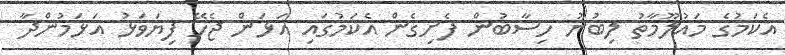
އެކަމުގެ މައުލޫމާތު ލިބުނު ހިސާބުން ފެށިގެން އެކަމުގައި އަޅަން ޖެހޭ ފިޔަވަޅު އަޅަމުންދާ